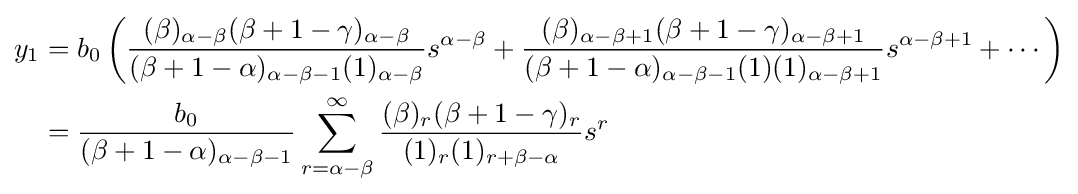
{\begin{aligned}y_{1}&=b_{0}\left({\frac {(\beta )_{\alpha -\beta }(\beta +1-\gamma )_{\alpha -\beta }}{(\beta +1-\alpha )_{\alpha -\beta -1}(1)_{\alpha -\beta }}}s^{\alpha -\beta }+{\frac {(\beta )_{\alpha -\beta +1}(\beta +1-\gamma )_{\alpha -\beta +1}}{(\beta +1-\alpha )_{\alpha -\beta -1}(1)(1)_{\alpha -\beta +1}}}s^{\alpha -\beta +1}+\cdots \right)\\&={\frac {b_{0}}{(\beta +1-\alpha )_{\alpha -\beta -1}}}\sum _{r=\alpha -\beta }^{\infty }{\frac {(\beta )_{r}(\beta +1-\gamma )_{r}}{(1)_{r}(1)_{r+\beta -\alpha }}}s^{r}\end{aligned}}